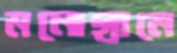
মনোগ্রামে